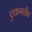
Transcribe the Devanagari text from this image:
एकगरीब